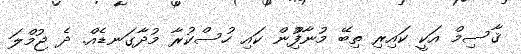
ޤާސިމް އަކީ ކައިރި ތިބޭ މުނާފިްުން ކައި ހުސްކުރާ މުދާގަނޑެއް. ދެ ޖުމްލަ